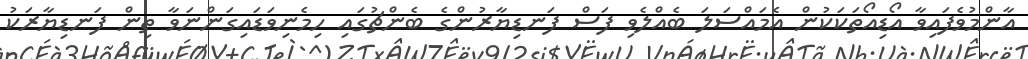
އާންމުވެފައިވާ އޯޑިއޯތަކަކުން އެމައްސަލަ ބެއްލެވި ފަސް ފަނޑިޔާރުންގެ ބެންޗުގައި ހިމެނިވަޑައިގަންނަވާ ތިން ފަނޑިޔާރަކު